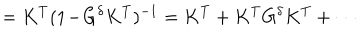
LaTeX: = K ^ { T } ( 1 \! - \! G ^ { \delta } K ^ { T } ) ^ { - 1 } = K ^ { T } + K ^ { T } G ^ { \delta } K ^ { T } + \cdots